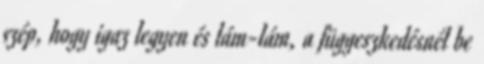
szép, hogy igaz legyen és lám-lám, a függeszkedésnél be